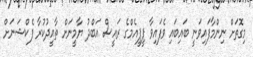
މިގޮތަށް ނިންމާފައިވަނީ ބައިބައި ވެފައިވާ ޕީޕީއެމްގެ ރައީސް އަބްދު ޔާމީނަށް ތާއީދުކުރާ ފެކްޝަނަށް